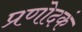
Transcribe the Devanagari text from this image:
प्रणोदकं